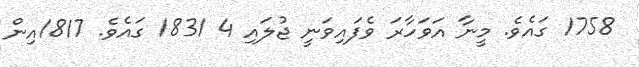
1758 ގައެވެ. މީނާ އަވަހާރަ ވެފައިވަނީ ޖުލައި 4 1831 ގައެވެ. 1817އިން